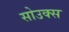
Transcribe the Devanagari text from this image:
सोउक्स